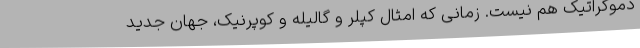
دموکراتیک هم نیست. زمانی که امثال کپلر و گالیله و کوپرنیک، جهان جدید